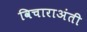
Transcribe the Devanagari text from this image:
विचाराअंती